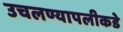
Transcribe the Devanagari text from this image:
उचलण्यापलीकडे